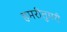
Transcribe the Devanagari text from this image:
हमरीतुमरी